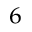
^ 6